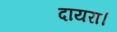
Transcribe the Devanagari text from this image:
दायरा।